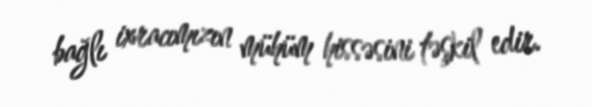
bağlı ixracımızın mühüm hissəsini təşkil edir.